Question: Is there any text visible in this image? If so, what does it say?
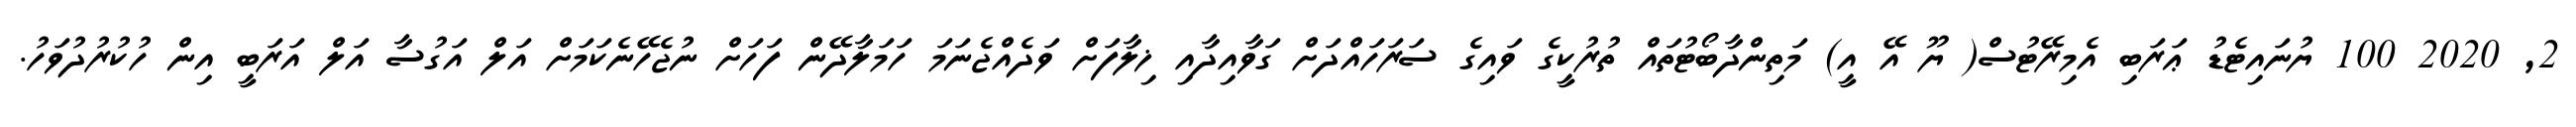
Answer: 2, 2020 100 ޔުނައިޓެޑު ޢަރަބި އެމިރޭޓުސް( ޔޫ އޭ އީ) މަތިންދާބޯޓުތައް ތުރުކީގެ ވައިގެ ސަރަހައްދަށް ގަވާއިދާއި ޚިލާފަށް ވަދެއްޖެނަމަ ހަމަލާދޭން ފަހަށް ނުޖެހޭނެކަމަށް އަލް އަގުސާ އަލް އަރަބީ އިން ހުކުރުދުވަހު.